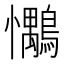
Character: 𢥶